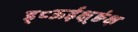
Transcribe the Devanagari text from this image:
ड्८ऊईक्ष़्ङंक्ष